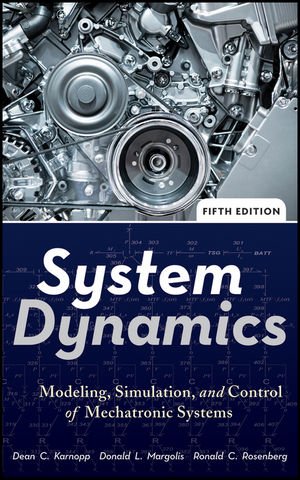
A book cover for System Dynamics: Modeling, Simulation, and Control of Mechatronic Systems; Dean C. Karnopp; Science & Math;